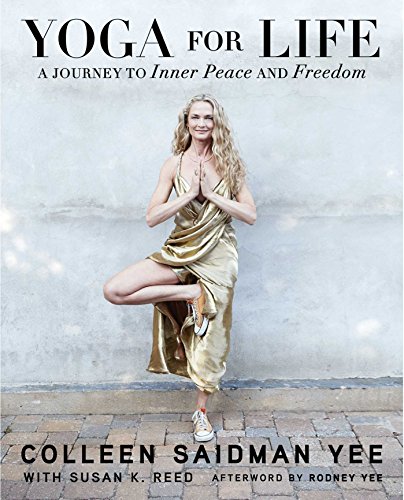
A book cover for Yoga for Life: A Journey to Inner Peace and Freedom; Colleen Saidman Yee; Health, Fitness & Dieting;